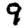
Digit: 9